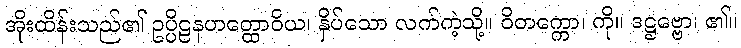
အိုးထိန်းသည်၏ ဥပ္ပိဠနဟတ္ထောဝိယ၊ နှိပ်သော လက်ကဲ့သို့။ ဝိတက္ကော၊ ကို။ ဒဋ္ဌဗ္ဗော၊ ၏။